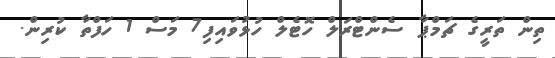
ތިން ތަރީގެ ޗަމްޕާ ސެންޓްރަލް ހޮޓެލް ހުޅުވައިފި7 މަސް 1 ހަފްތާ ކުރިން.